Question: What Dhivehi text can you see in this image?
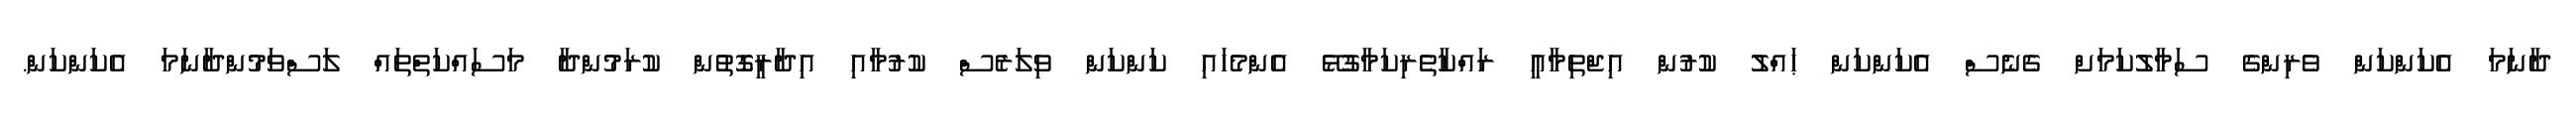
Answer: ދާނަމަ އެކަންކަން ވެރިންގެ ސަމާލުކަމަށް ގެނެސް އެކަންކަން ޙައްލު ކުރުން އިޖްތިމާއީ ރައްކާތެރިކަމާގުޅޭ އެންމެހައި ކަންކަން ވިލަރެސް ކުރުމާއި އިދާރީގޮތުން ކުރަމުންދާ މަސައްކަތްތައް ލަސްވަމުންދާނަމަ އެކަންކަން.